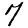
Digit: 7